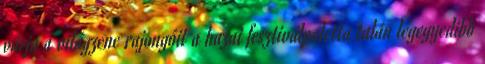
várja a világzene rajongóit a hazai fesztiválpaletta talán legegyedibb